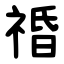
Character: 䄑